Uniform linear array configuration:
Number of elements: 24
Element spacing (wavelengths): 1
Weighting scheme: hann
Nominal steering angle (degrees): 30
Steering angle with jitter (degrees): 28.481
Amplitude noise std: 0.05
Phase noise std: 0.05

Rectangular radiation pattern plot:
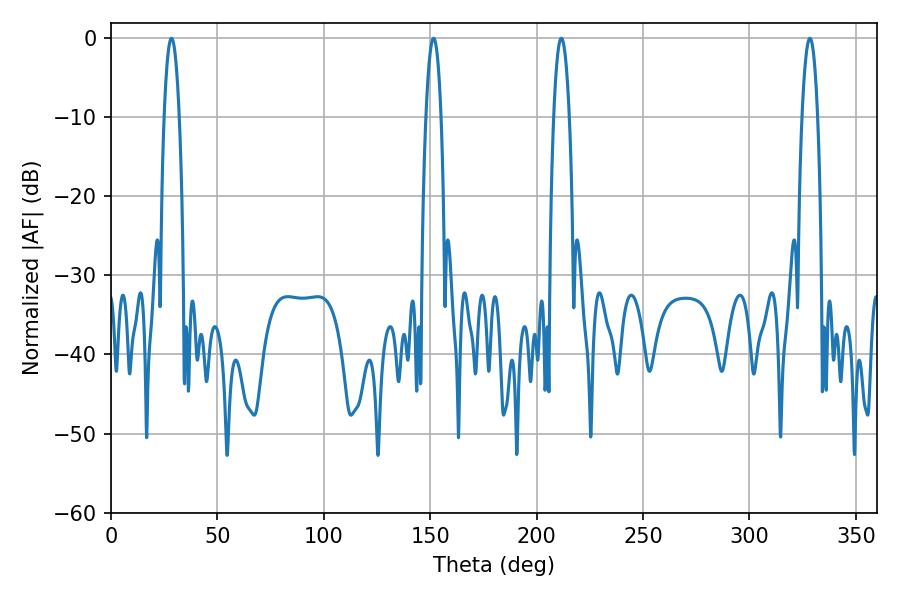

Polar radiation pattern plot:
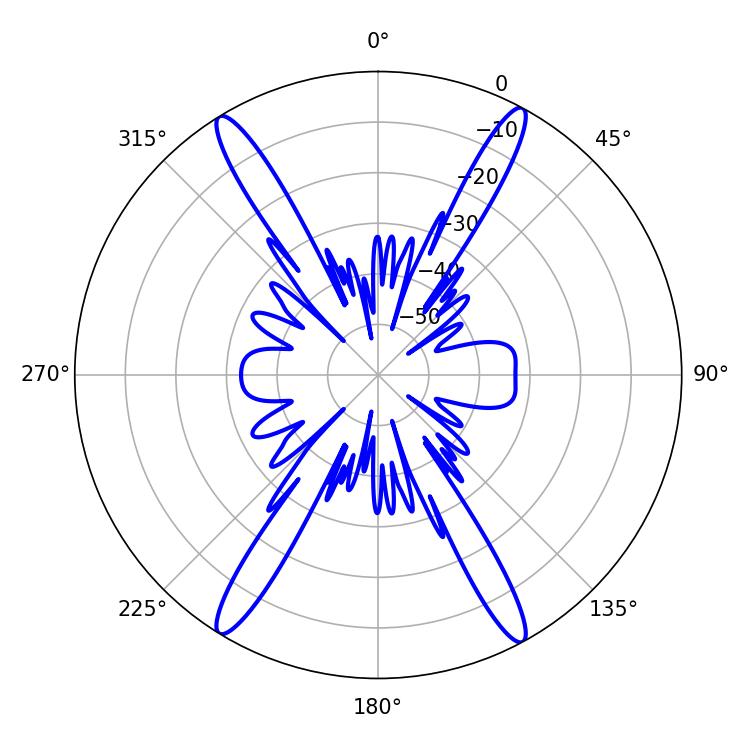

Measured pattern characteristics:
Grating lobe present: TRUE
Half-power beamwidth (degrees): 3.96
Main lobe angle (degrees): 151.56